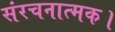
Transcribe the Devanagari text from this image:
संरचनात्मक।